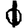
Digit: 1